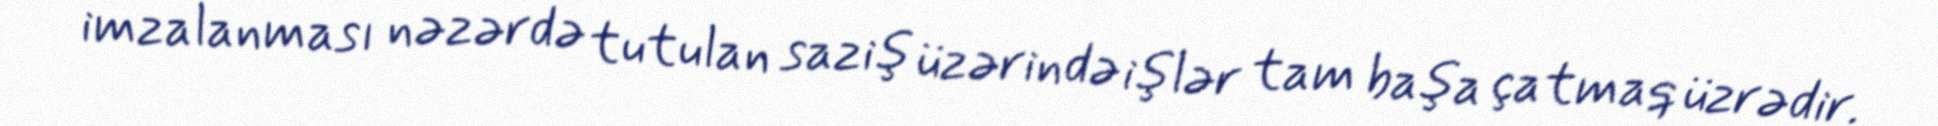
imzalanması nəzərdə tutulan saziş üzərində işlər tam başa çatmaq üzrədir.